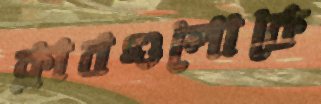
ক্লাবগুলোকে